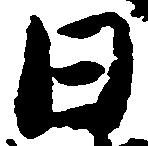
日